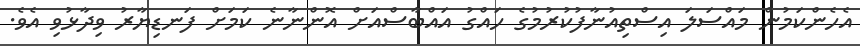
އެހެންކަމުން މައްސަލަ އިސްތިއުނާފުކުރުމުގެ ހައްގު އައްބާސްއަށް އޮންނާނެ ކަމަށް ފަނޑިޔާރު ވިދާޅުވި އެވެ.